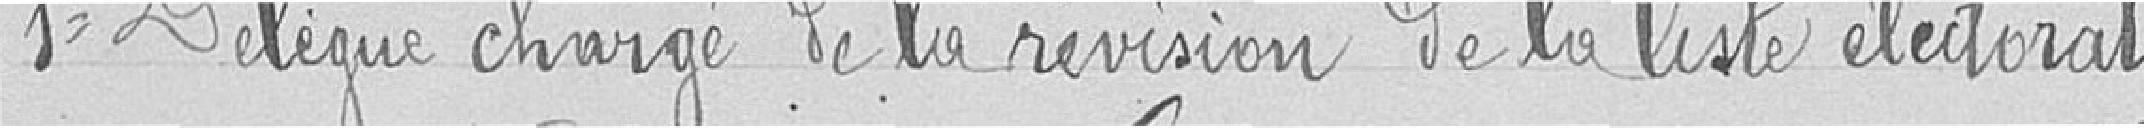
Premier délégué chargé de la révision de la liste électorale